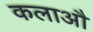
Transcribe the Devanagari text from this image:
कलाऔ